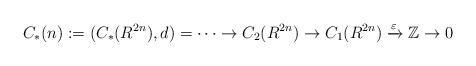
LaTeX: \begin{align*}C_{*}(n) := (C_{*}(R^{2n}), d) = \cdots \rightarrow C_{2}(R^{2n}) \rightarrow C_{1}(R^{2n}) \xrightarrow{\varepsilon} \mathbb{Z} \rightarrow 0 \end{align*}